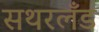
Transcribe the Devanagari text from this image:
सथरलँड